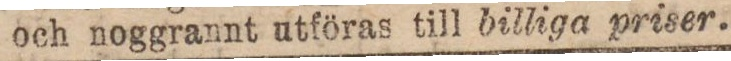
och noggrannt utföras till billiga priser.